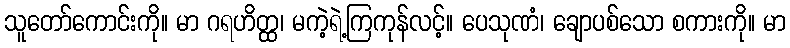
သူတော်ကောင်းကို။ မာ ဂရဟိတ္ထ၊ မကဲ့ရဲ့ကြကုန်လင့်။ ပေသုဏံ၊ ချောပစ်သော စကားကို။ မာ